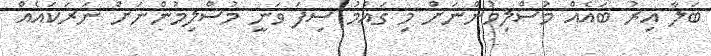
ބަލާ އިރު ބައެއް މުސްލިމުންނަށް މި ގައުމު ސިފަ ވަނީ މުސްލިމުންނަށް ނަރަކައެއް